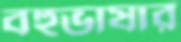
বহুভাষার